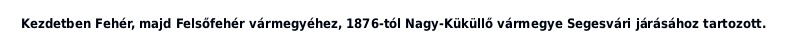
Kezdetben Fehér, majd Felsőfehér vármegyéhez, 1876-tól Nagy-Küküllő vármegye Segesvári járásához tartozott.